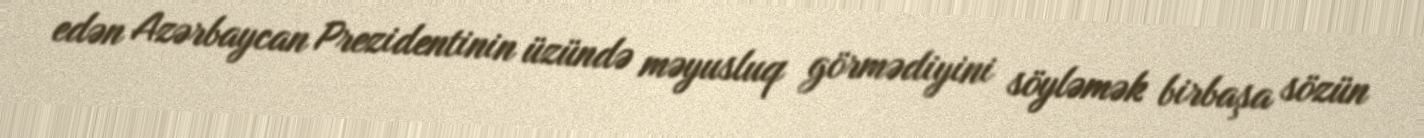
edən Azərbaycan Prezidentinin üzündə məyusluq görmədiyini söyləmək birbaşa sözün